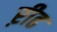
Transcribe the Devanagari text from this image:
ऱीढ